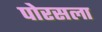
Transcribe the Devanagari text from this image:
पोरसला